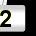
Digit: 2